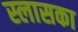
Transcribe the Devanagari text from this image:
स्लासका